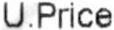
U.PRICE